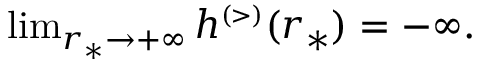
\begin{array} { r } { \operatorname* { l i m } _ { r _ { * } \to + \infty } h ^ { \scriptscriptstyle ( > ) } ( r _ { * } ) = - \infty . } \end{array}